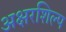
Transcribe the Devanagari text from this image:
अक्षरशिल्प